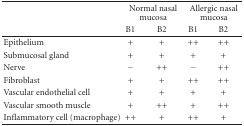
|  | <COLSPAN=2> Normal nasal | <COLSPAN=2> Allergic nasal |
 |  | <COLSPAN=2> mucosa | <COLSPAN=2> mucosa |
 |  | B1 | B2 | B1 | B2 |
 | --- | --- | --- | --- | --- |
 | Epithelium | + | + | ++ | ++ |
 | Submucosal gland | + | + | + | + |
 | Nerve | − | ++ | − | ++ |
 | Fibroblast | + | + | ++ | ++ |
 | Vascular endothelial cell | + | + | + | + |
 | Vascular smooth muscle | + | ++ | + | ++ |
 | Inflammatory cell (macrophage) | ++ | + | ++ | + |